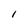
Character: I